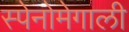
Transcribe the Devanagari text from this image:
स्पेनोमेगाली